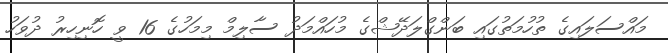
މައްސަލައިގެ ތުހުމަތުގައި ބަންގްލަދޭޝްގެ މުހައްމަދު ސާލިމް މިމަހުގެ 16 ވީ ހޮނިހިރު ދުވަހު